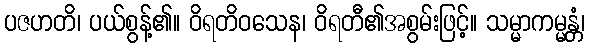
ပဇဟတိ၊ ပယ်စွန့်၏။ ဝိရတိဝသေန၊ ဝိရတီ၏အစွမ်းဖြင့်။ သမ္မာကမ္မန္တံ၊